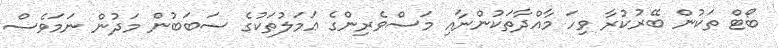
ބޯޓް ތަކުން ބޭރުކުރާ ވިހަ މާއްދާތަކުންނާއި މަސްވެރިންގެ ޢަމަލުތަކުގެ ސަބަބުން މަދުން ނަމަވެސް